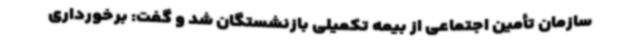
سازمان تأمین اجتماعی از بیمه تکمیلی بازنشستگان شد و گفت: برخورداری